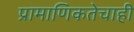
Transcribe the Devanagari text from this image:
प्रामाणिकतेचाही